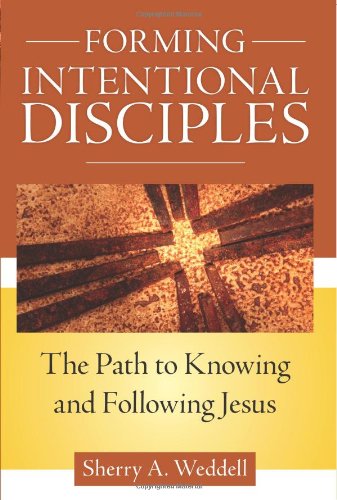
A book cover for Forming Intentional Disciples: The Path to Knowing and Following Jesus; Sherry Weddell; Christian Books & Bibles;